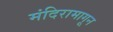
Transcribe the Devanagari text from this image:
मंदिरामागून